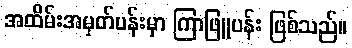
အထိမ်းအမှတ်ပန်းမှာ ကြာဖြူပန်း ဖြစ်သည်။